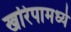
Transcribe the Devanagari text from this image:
खरिपामध्ये